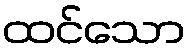
ထင်သော